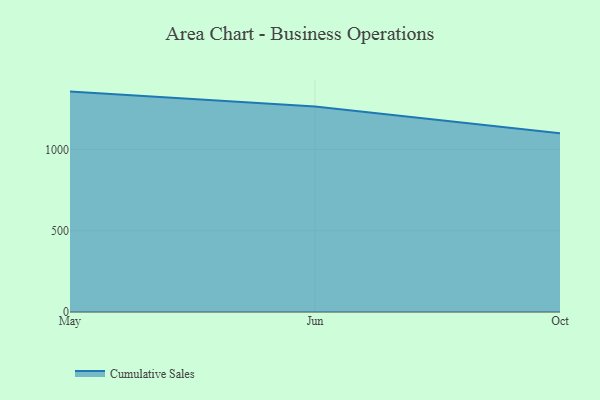
{"axis": {"x": "Month", "y": "Bounce Rate (%)"}, "legend": ["Cumulative Sales"], "data": [{"x": "May", "y": 1356.1, "type": "Cumulative Sales"}, {"x": "Jun", "y": 1265.0, "type": "Cumulative Sales"}, {"x": "Oct", "y": 1100.4, "type": "Cumulative Sales"}]}